Document type: Sale
Year: 1435
Scribe: Pere Soler
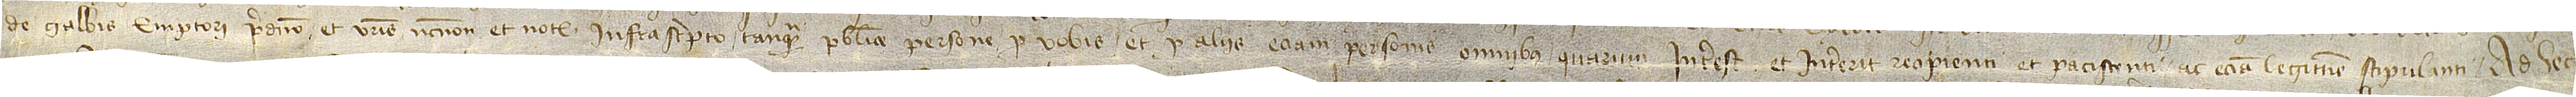
de  Galbis, emptori predicto, et vestris necnon et notario infrascripto tanquam publice persone pro vobis et pro aliis etiam personis omnibus quarum interest et intererit recipienti et paciscenti ac etiam legittime stipulanti. Ad hec